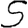
Digit: 5